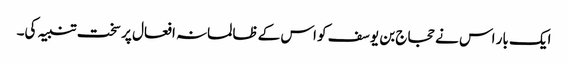
ایک بار اس نے حجاج بن یوسف کو اس کے ظالمانہ افعال پر سخت تنبیہ کی۔